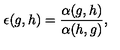
\epsilon ( g , h ) = \frac { \alpha ( g , h ) } { \alpha ( h , g ) } ,